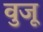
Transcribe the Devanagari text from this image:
वुजू